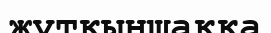
жұтқыншаққа